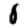
Digit: 0